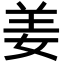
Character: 姜